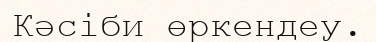
Кәсіби өркендеу.